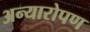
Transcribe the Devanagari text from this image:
अन्यारोपण